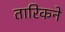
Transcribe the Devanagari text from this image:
तारिकने